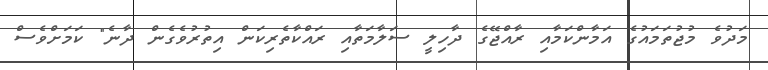
މަދުވެ މުޖުތަމައުގެ އަމާންކަމާއި ރާއްޖޭގެ ދާހިލީ ސަލާމަތާއި ރައްކާތެރިކަން އިތުރުވެގެން ދާނެ" ކަމަށްވެސް